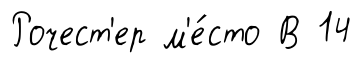
Рочест'ер м'е́сто В 14